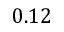
0 . 1 2